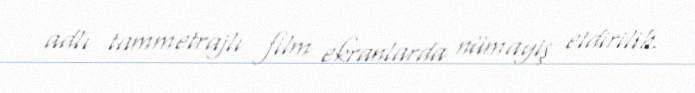
adlı tammetrajlı film ekranlarda nümayiş etdirilib.